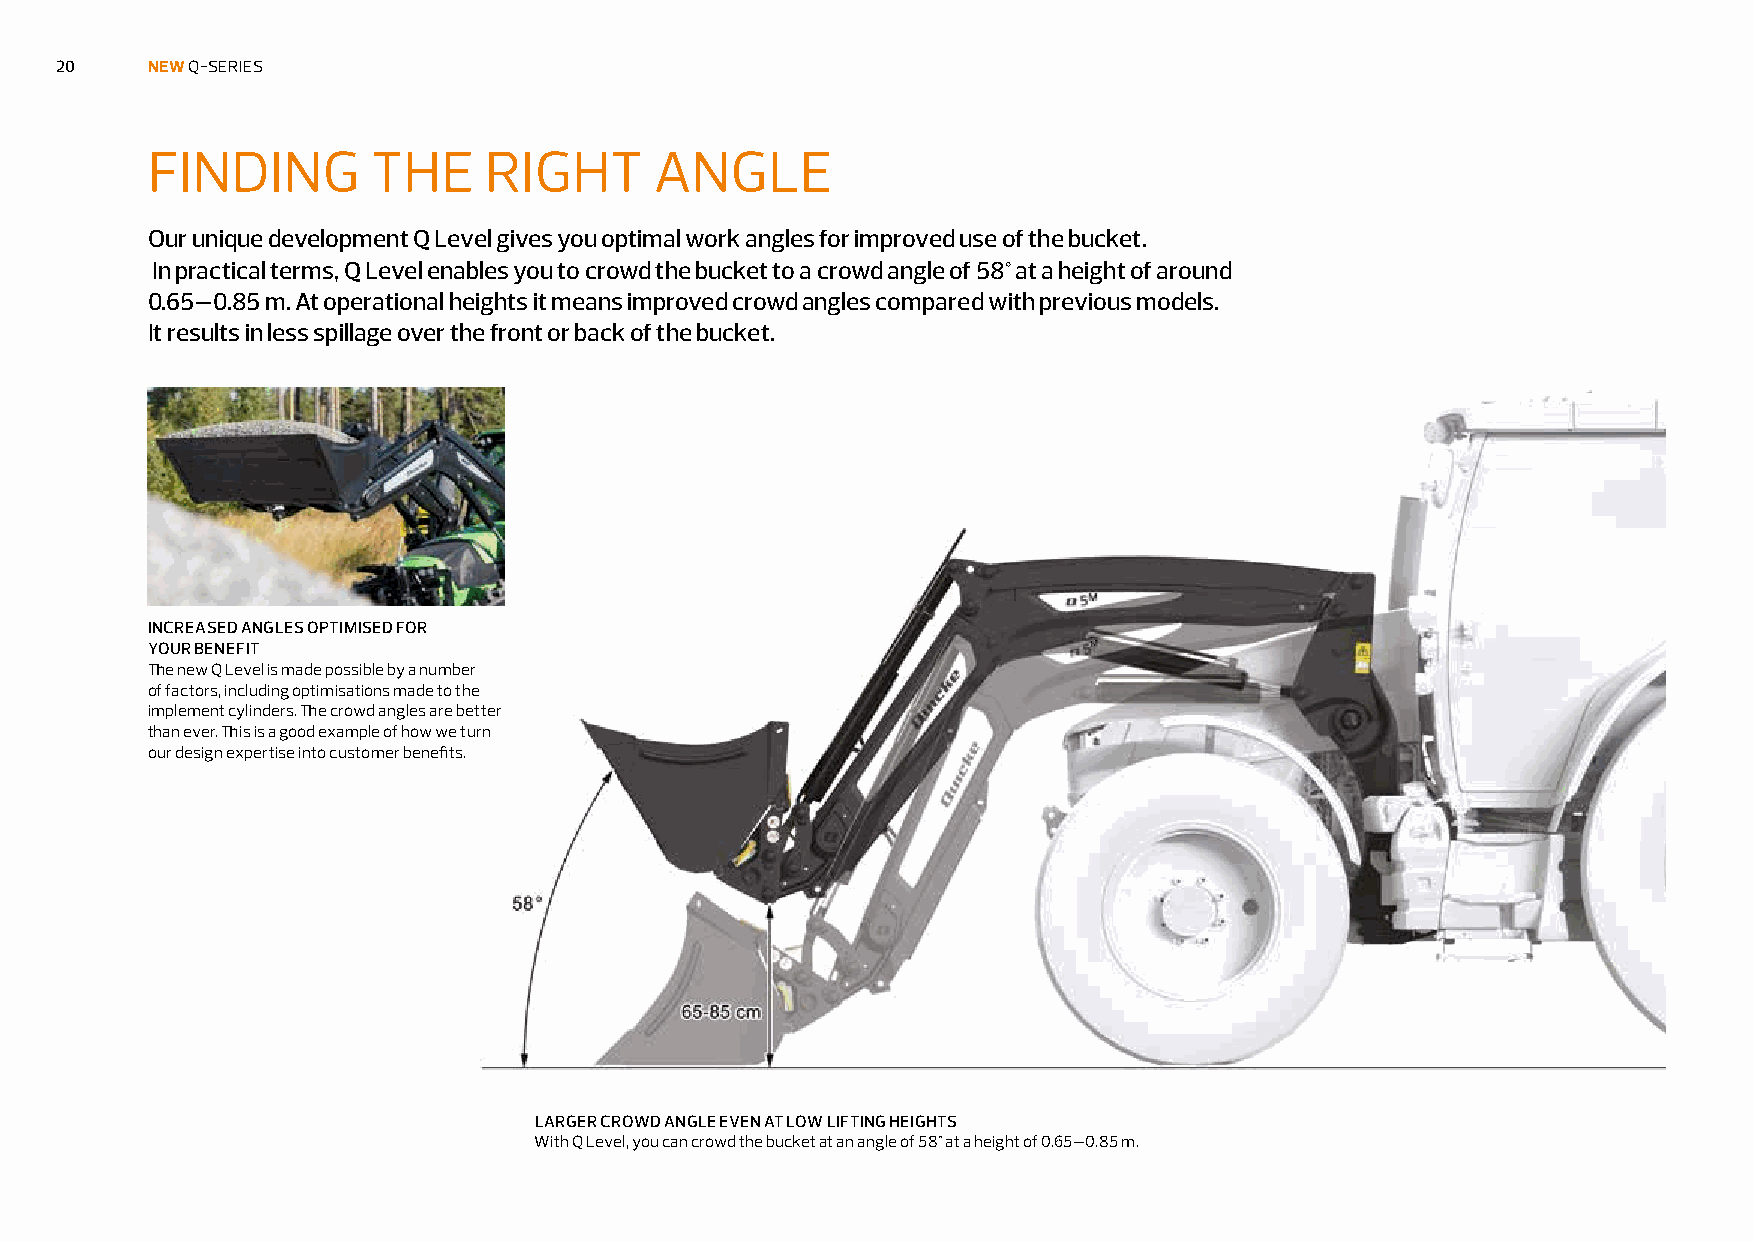
20    NEW Q-SERIES
 FINDING        THE    RIGHT      ANGLE
 Our unique development Q Level gives you optimal work angles for improved use of the bucket.
 In practical terms, Q Level enables you to crowd the bucket to a crowd angle of 58° at a height of around
 0.65–0.85 m. At operational heights it means improved crowd angles compared with previous models.
 It results in less spillage over the front or back of the bucket.
 INCREASED ANGLES OPTIMISED FOR
 YOUR BENEFIT
 The new Q Level is made possible by a number
 of factors, including optimisations made to the
 implement cylinders. The crowd angles are better
 than ever. This is a good example of how we turn
 our design expertise into customer benefits.
 LARGER CROWD ANGLE EVEN AT LOW LIFTING HEIGHTS
 With Q Level, you can crowd the bucket at an angle of 58° at a height of 0.65–0.85 m.